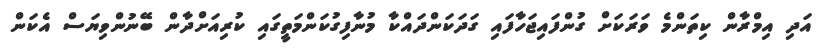
އަދި އިމްރާން ކިތަންމެ ވަރަކަށް ގުންފައިޖަހާފައި ގަދަކަންދައްކާ މުނާފިގުކަންމަތީގައި ކުރިއަށްދާން ބޭނުންވިޔަސް އެކަން